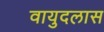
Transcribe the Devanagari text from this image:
वायुदलास